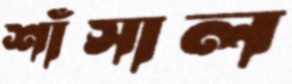
শাঁসাল